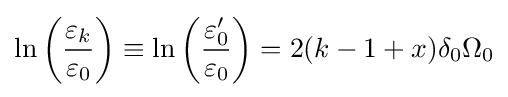
\ln \left({\frac {\varepsilon _{k}}{\varepsilon _{0}}}\right)\equiv \ln \left({\frac {\varepsilon _{0}'}{\varepsilon _{0}}}\right)=2(k-1+x)\delta _{0}\Omega _{0}